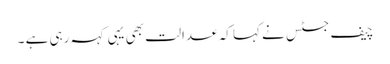
چیف جسٹس نے کہا کہ عدالت بھی یہی کہہ رہی ہے ۔